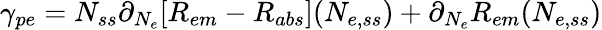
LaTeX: \gamma_{pe}=N_{ss}\partial_{N_{e}}[R_{em}-R_{abs}](N_{e,ss})+\partial_{N_{e}}R_{em}(N_{e,ss})